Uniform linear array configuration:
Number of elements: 8
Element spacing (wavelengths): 0.25
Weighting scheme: hann
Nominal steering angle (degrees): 60
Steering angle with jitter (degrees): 59.663
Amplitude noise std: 0.05
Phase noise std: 0.05

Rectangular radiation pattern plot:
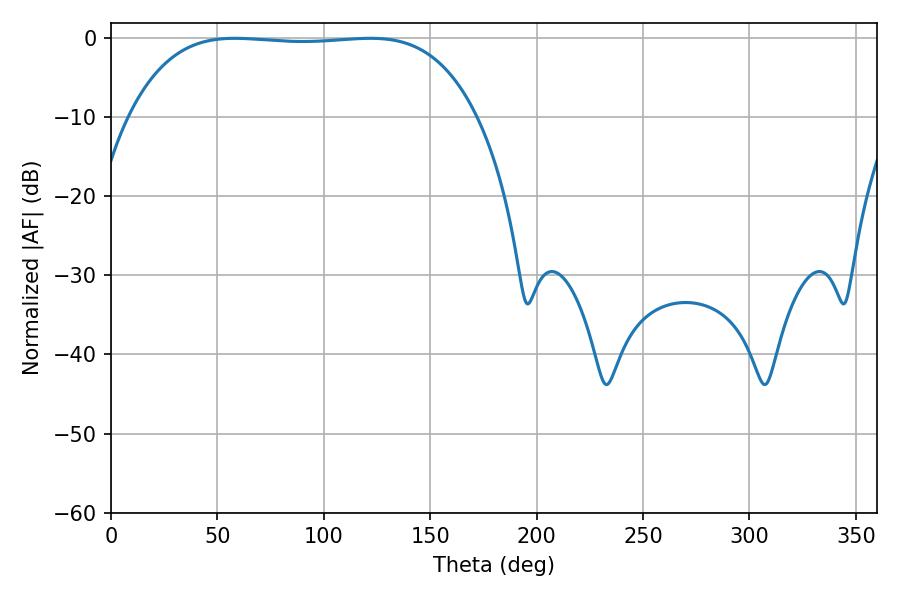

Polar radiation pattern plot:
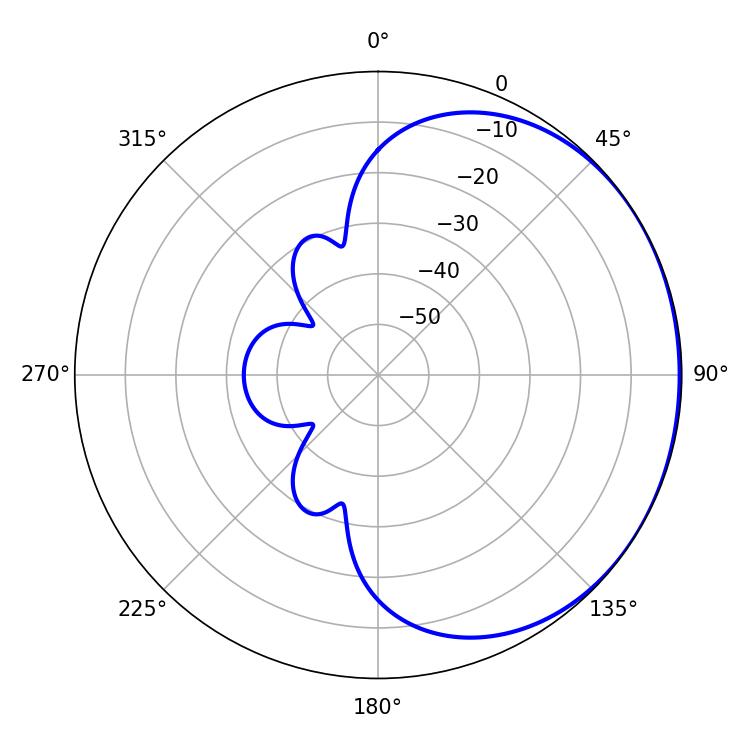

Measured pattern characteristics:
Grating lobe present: FALSE
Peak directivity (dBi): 0.7094
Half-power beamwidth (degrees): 127.44
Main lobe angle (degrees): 58.14